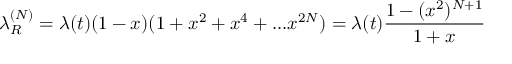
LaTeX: \lambda _ { R } ^ { ( N ) } = \lambda ( t ) ( 1 - x ) ( 1 + x ^ { 2 } + x ^ { 4 } + . . . x ^ { 2 N } ) = \lambda ( t ) { \frac { 1 - ( x ^ { 2 } ) ^ { N + 1 } } { 1 + x } }